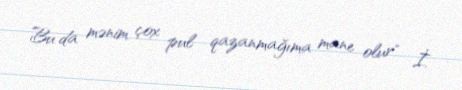
Bu da mənim çox pul qazanmağıma mane olur" İ.